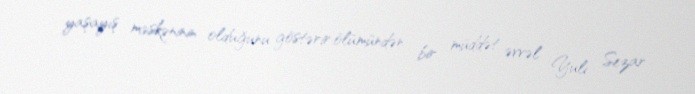
yaşayış məskəninin olduğunu göstərir,ölümündən bir müddət əvvəl Yuli Sezar